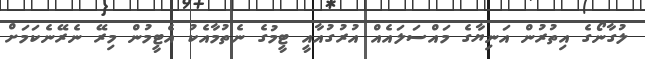
ލުގާނޯގެ އިތުރުން އަނިޔާގެ މައްސަލައެއް އުރުގުއާއީ ޓީމުގެ ނެތުމާއެކު އެޓީމުން މިރޭ ނެރޭނެކަމަށް